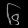
Digit: ၆